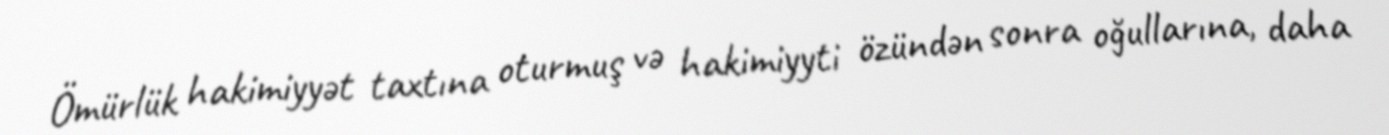
Ömürlük hakimiyyət taxtına oturmuş və hakimiyyti özündən sonra oğullarına, daha